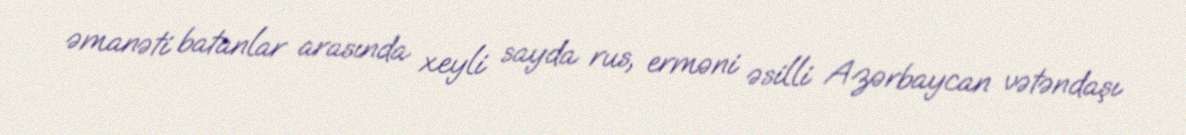
əmanəti batanlar arasında xeyli sayda rus, erməni əsilli Azərbaycan vətəndaşı